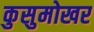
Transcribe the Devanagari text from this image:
कुसुमोखर